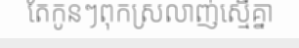
តែកូនៗពុកស្រលាញ់ស្មើគ្នា